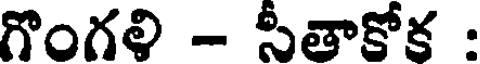
గొంగళి - సీతాకోక :